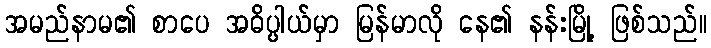
အမည်နာမ၏ စာပေ အဓိပ္ပါယ်မှာ မြန်မာလို နေ၏ နန်းမြို့ ဖြစ်သည်။